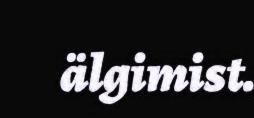
älgimist.